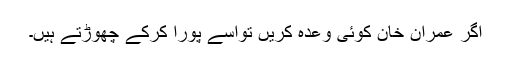
اگر عمران خان کوئی وعدہ کریں تواسے پورا کرکے چھوڑتے ہیں۔